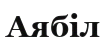
Аябіл